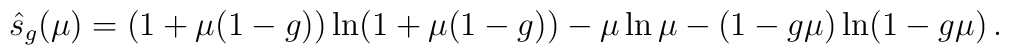
\hat{s}_g(\mu)  = (1+\mu(1-g))\ln (1+\mu(1-g)) - \mu\ln \mu - (1-g\mu) \ln (1-g\mu) \,.